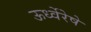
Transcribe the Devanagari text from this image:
ऊर्ध्वेरेषे